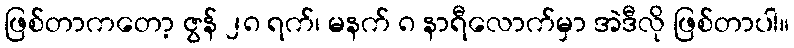
ဖြစ်တာကတော့ ဇွန် ၂၈ ရက်၊ မနက် ၈ နာရီလောက်မှာ အဲဒီလို ဖြစ်တာပါ။